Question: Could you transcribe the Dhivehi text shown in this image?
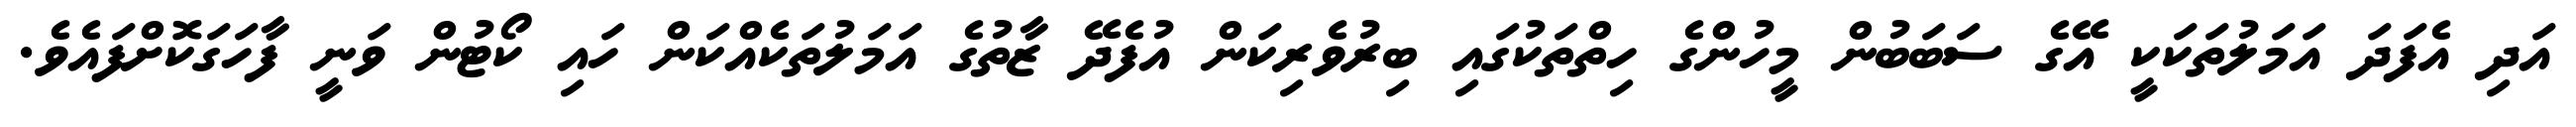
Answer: އަދި އެފަދަ އަމަލުތަކަކީ އޭގެ ސަބަބުން މީހުންގެ ހިތްތަކުގައި ބިރުވެރިކަން އުފެދޭ ޒާތުގެ އަމަލުތަކެއްކަން ހައި ކޯޓުން ވަނީ ފާހަގަކޮށްފައެވެ.